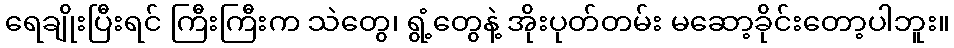
ရေချိုးပြီးရင် ကြီးကြီးက သဲတွေ၊ ရွံ့တွေနဲ့ အိုးပုတ်တမ်း မဆော့ခိုင်းတော့ပါဘူး။